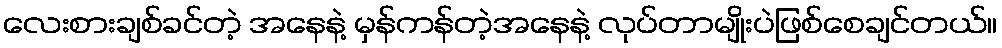
လေးစားချစ်ခင်တဲ့ အနေနဲ့ မှန်ကန်တဲ့အနေနဲ့ လုပ်တာမျိုးပဲဖြစ်စေချင်တယ်။